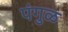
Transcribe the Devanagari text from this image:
पंगुळ